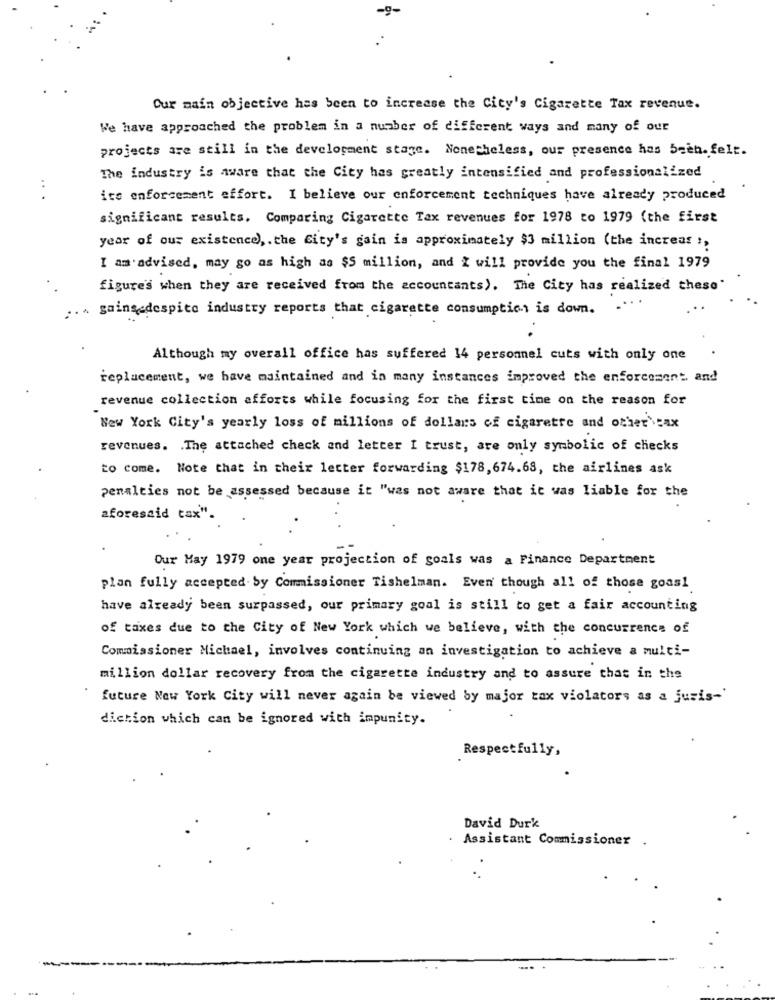
Our main objective has been to increase the City's Cigarette Tax revenue.
We have approached the problem in a number of different ways and many of our
projects are still in the development stage. Nonetheless, our presence has been. felt.
The industry is aware that the City has greatly intensified and professionalized
..
its enforcement effort. I believe our enforcement techniques have already produced
significant results. Comparing Cigarette Tax revenues for 1978 to 1979 (the first
year of our existence) ,. the City's gain is approximately $3 million (the increar !,
I am advised, may go as high as $5 million, and I will provide you the final 1979
figure's when they are received from the accountants). The City has realized these"
... gainsedespite industry reports that cigarette consumption is down.
Although my overall office has suffered 14 personnel cuts with only one
replacement, we have maintained and in many instances improved the enforcement. and
revenue collection afforts while focusing for the first time on the reason for
New York City's yearly loss of millions of dollars of cigarette and other tax
revenues. . The attached check and letter I trust, are only symbolic of checks
to come. Note that in their letter forwarding $178,674.68, the airlines ask
penalties not be assessed because it "was not aware that it was liable for the
aforesaid tax".
Our Hay 1979 one year projection of goals was a Finance Department
plan fully accepted by Commissioner Tishelman. Even though all of those goas1
have already been surpassed, our primary goal is still to get a fair accounting
of taxes due to the City of New York which we believe, with the concurrence of
Commissioner Michael, involves continuing an investigation to achieve a multi-
million dollar recovery from the cigarette industry and to assure that in the
future New York City will never again be viewed by major tax violators as a juris-
dichion which can be ignored with impunity.
Respectfully,
David Durk
Assistant Commissioner .